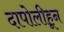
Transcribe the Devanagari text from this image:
दापोलीहून